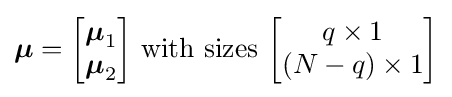
{\boldsymbol {\mu }}={\begin{bmatrix}{\boldsymbol {\mu }}_{1}\\{\boldsymbol {\mu }}_{2}\end{bmatrix}}{\text{ with sizes }}{\begin{bmatrix}q\times 1\\(N-q)\times 1\end{bmatrix}}